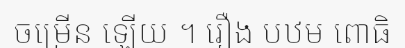
ចម្រើន ឡើយ ។ រឿង បឋម ពោធិ